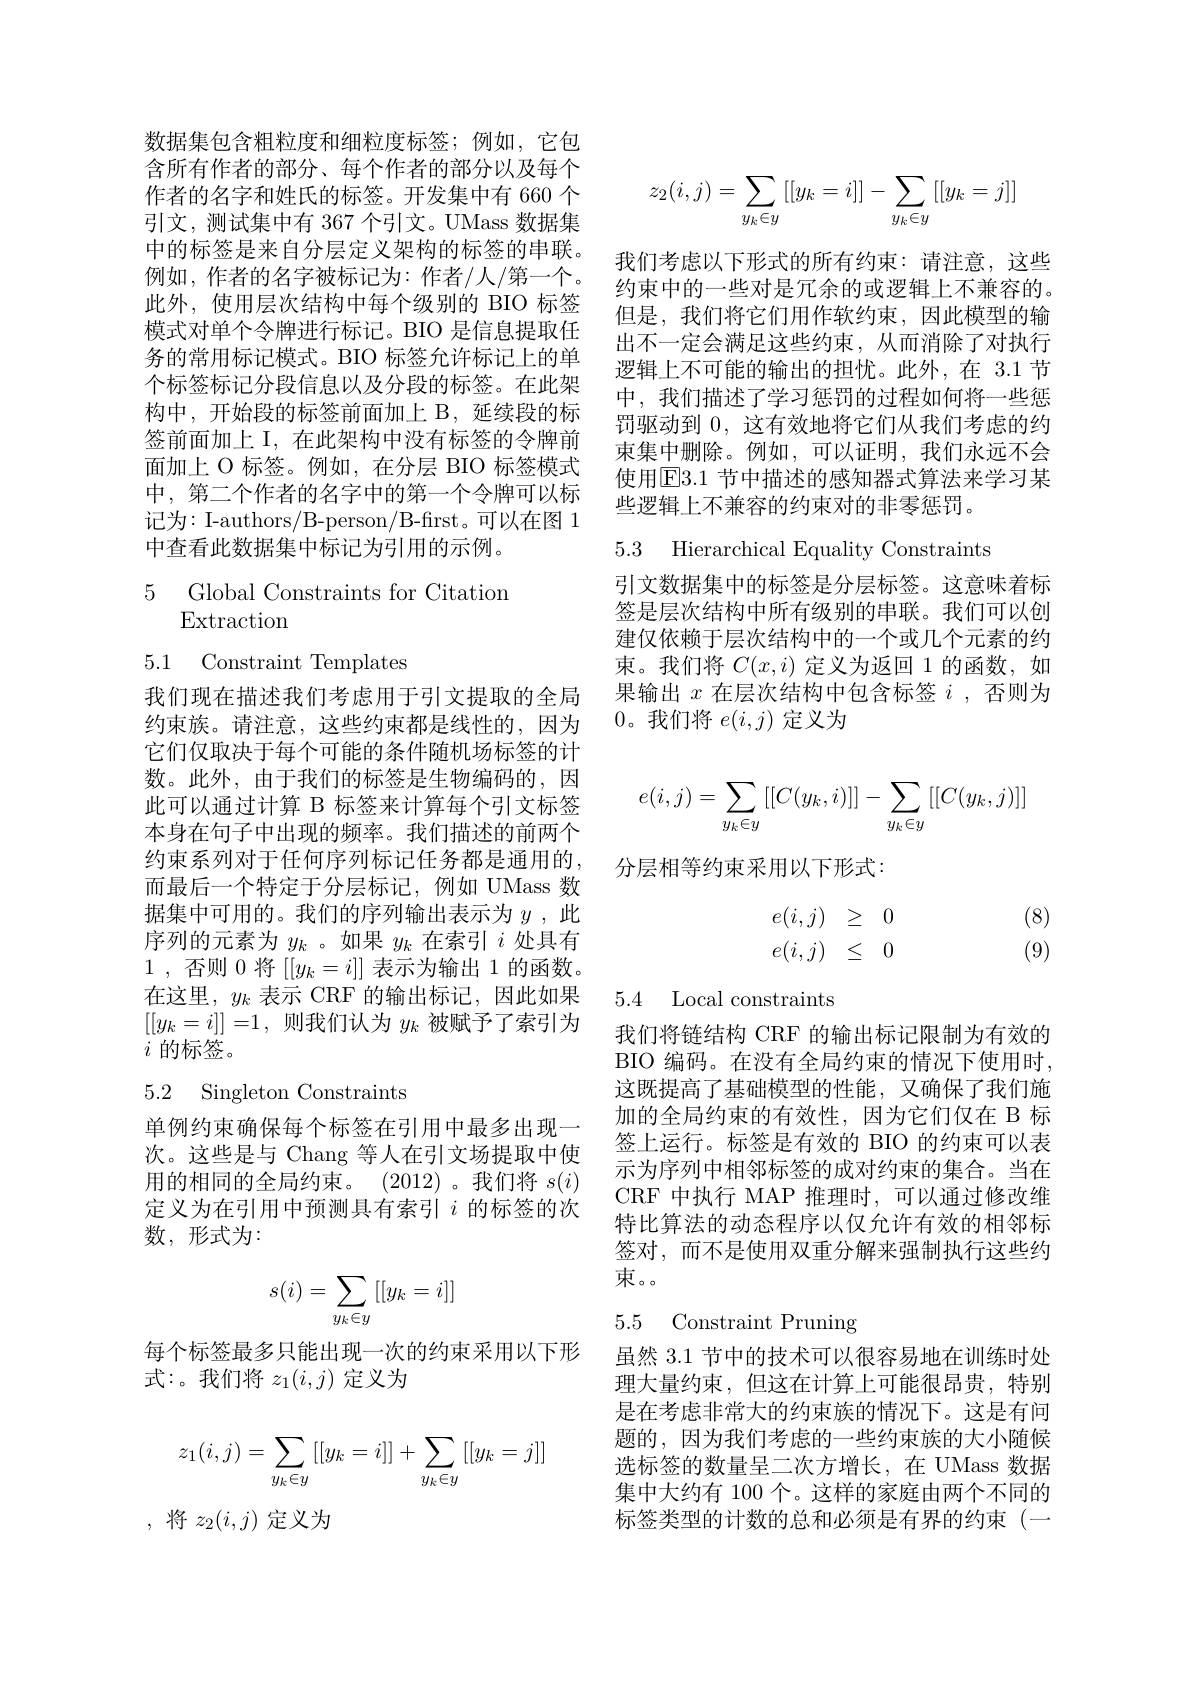
数据集包含粗粒度和细粒度标签；例如，它包含所有作者的部分、每个作者的部分以及每个作者的名字和姓氏的标签。开发集中有 660 个引文，测试集中有 367 个引文。UMass 数据集中的标签是来自分层定义架构的标签的串联。例如，作者的名字被标记为：作者/人/第一个。此外，使用层次结构中每个级别的 BIO 标签模式对单个令牌进行标记。BIO 是信息提取任务的常用标记模式。BIO 标签允许标记上的单个标签标记分段信息以及分段的标签。在此架构中，开始段的标签前面加上 B, 延续段的标签前面加上 I, 在此架构中没有标签的令牌前面加上 O 标签。例如，在分层 BIO 标签模式中，第二个作者的名字中的第一个令牌可以标记为：I-authors/B-person/B-first。可以在图 1中查看此数据集中标记为引用的示例。

5 Global Constraints for Citation
## $\operatorname{Extraction}$

5.1 Constraint Templates

我们现在描述我们考虑用于引文提取的全局约束族。请注意，这些约束都是线性的，因为它们仅取决于每个可能的条件随机场标签的计数。此外，由于我们的标签是生物编码的，因此可以通过计算 B 标签来计算每个引文标签本身在句子中出现的频率。我们描述的前两个约束系列对于任何序列标记任务都是通用的， 而最后一个特定于分层标记，例如 UMass 数据集中可用的。我们的序列输出表示为$y$ ,此序列的元素为$y_k$ 。如果$y_k$在索引$i$处具有1 , 否 则 0将$[[y_k=i]]$表示为输出 1 的函数。在这里，$y_k$表示 CRF 的输出标记，因此如果$[[y_k=i]]=1$,则我们认为$y_k$被赋予了索引为$i$的标签。

## 5.2 Singleton Constraints

单例约束确保每个标签在引用中最多出现一次。这些是与 Chang 等人在引文场提取中使用的相同的全局约束。(2012)。我们将$s(i)$ 定义为在引用中预测具有索引$i$的标签的次数，形式为：
$$s(i)=\sum_{y_k\in y}\left[[y_k=i]\right]$$
每个标签最多只能出现一次的约束采用以下形
式：。我们将$z_1(i,j)$定义为
$$z_1(i,j)=\sum_{y_k\in y}\left[[y_k=i]\right]+\sum_{y_k\in y}\left[[y_k=j]\right]$$
,将$z_2(i,j)$定义为
$$\begin{aligned}z_2(i,j)=\sum_{y_k\in y}\left[[y_k=i]\right]-\sum_{y_k\in y}\left[[y_k=j]\right]\end{aligned}$$
我们考虑以下形式的所有约束：请注意，这些约束中的一些对是冗余的或逻辑上不兼容的。但是，我们将它们用作软约束，因此模型的输出不一定会满足这些约束，从而消除了对执行逻辑上不可能的输出的担忧。此外，在 3.1节中，我们描述了学习惩罚的过程如何将一些惩罚驱动到0，这有效地将它们从我们考虑的约束集中删除。例如，可以证明，我们永远不会使用$\overline{\mathrm{E}}3.1$ 节中描述的感知器式算法来学习某些逻辑上不兼容的约束对的非零惩罚。

5.3 Hierarchical Equality Constraints

引文数据集中的标签是分层标签。这意味着标签是层次结构中所有级别的串联。我们可以创建仅依赖于层次结构中的一个或几个元素的约束。我们将$C(x,i)$定义为返回 1 的函数，如果输出$x$在层次结构中包含标签$i$ ,否则为0。我们将$e(i,j)$定义为
$$e(i,j)=\sum_{y_k\in y}\left[[C(y_k,i)]\right]-\sum_{y_k\in y}\left[[C(y_k,j)]\right]$$
分层相等约束采用以下形式：
$$\begin{matrix}e(i,j)&\ge&0\\e(i,j)&\le&0\end{matrix}$$
(8) (9)

5.4 Local constraints

我们将链结构 CRF 的输出标记限制为有效的BIO 编码。在没有全局约束的情况下使用时， 这既提高了基础模型的性能，又确保了我们施加的全局约束的有效性，因为它们仅在 B 标签上运行。标签是有效的 BIO 的约束可以表示为序列中相邻标签的成对约束的集合。当在CRF 中执行 MAP 推理时，可以通过修改维特比算法的动态程序以仅允许有效的相邻标签对，而不是使用双重分解来强制执行这些约束。。

# 5.5 Constraint Pruning

虽然 3.1 节中的技术可以很容易地在训练时处理大量约束，但这在计算上可能很昂贵，特别是在考虑非常大的约束族的情况下。这是有问题的，因为我们考虑的一些约束族的大小随候选标签的数量呈二次方增长，在 UMass 数据集中大约有 100 个。这样的家庭由两个不同的标签类型的计数的总和必须是有界的约束(一